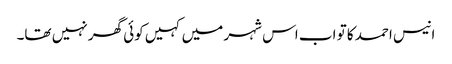
انیس احمد کا تو اب اس شہر میں کہیں کوئی گھر نہیں تھا۔